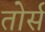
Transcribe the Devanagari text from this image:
तोर्स